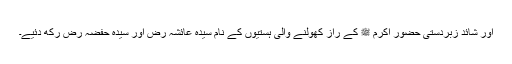
اور شائد زبردستی حضور اکرم ﷺ کے راز کھولنے والی ہستیوں کے نام سیدہ عائشہ رض اور سیدہ حفضہ رض رکھ دئیے۔